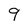
Character: 9